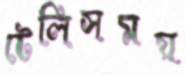
টেলিসময়